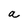
Character: a